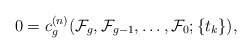
\begin{align*}0=c_{g}^{(n)} ( {\cal F}_g, {\cal F}_{g-1}, \ldots, {\cal F}_0 ; \{t_k\} ),\end{align*}